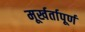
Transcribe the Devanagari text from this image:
मूर्खर्तापूर्ण